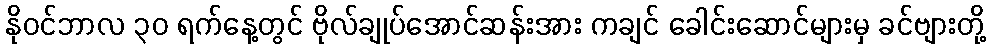
နိုဝင်ဘာလ ၃၀ ရက်နေ့တွင် ဗိုလ်ချုပ်အောင်ဆန်းအား ကချင် ခေါင်းဆောင်များမှ ခင်ဗျားတို့